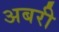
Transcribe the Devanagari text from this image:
अबरी